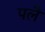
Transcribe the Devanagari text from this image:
पलै